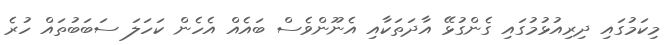
މިކަމުގައި ދިރިއުޅުމުގައި ގެންގުޅޭ އާދަތަކާއި އެނޫންވެސް ބައެއް އެހެން ކަހަލަ ސަބަބުތައް ހުރެ